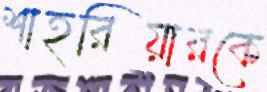
শাহরিয়ারকে